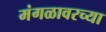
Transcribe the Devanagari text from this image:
मंगळावरच्या